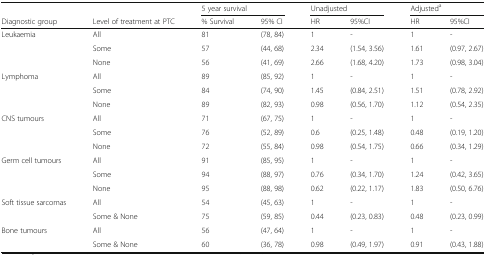
|  |  | <COLSPAN=2> 5 year survival | <COLSPAN=2> Unadjusted | <COLSPAN=2> Adjusteda |
 | Diagnostic group | Level of treatment at PTC | % Survival | 95% CI | HR | 95%CI | HR | 95%CI |
 | --- | --- | --- | --- | --- | --- | --- | --- |
 | Leukaemia | All | 81 | (78, 84) | 1 | - | 1 | - |
 |  | Some | 57 | (44, 68) | 2.34 | (1.54, 3.56) | 1.61 | (0.97, 2.67) |
 |  | None | 56 | (41, 69) | 2.66 | (1.68, 4.20) | 1.73 | (0.98, 3.04) |
 | Lymphoma | All | 89 | (85, 92) | 1 | - | 1 | - |
 |  | Some | 84 | (74, 90) | 1.45 | (0.84, 2.51) | 1.51 | (0.78, 2.92) |
 |  | None | 89 | (82, 93) | 0.98 | (0.56, 1.70) | 1.12 | (0.54, 2.35) |
 | CNS tumours | All | 71 | (67, 75) | 1 | - | 1 | - |
 |  | Some | 76 | (52, 89) | 0.6 | (0.25, 1.48) | 0.48 | (0.19, 1.20) |
 |  | None | 72 | (55, 84) | 0.98 | (0.54, 1.75) | 0.66 | (0.34, 1.29) |
 | Germ cell tumours | All | 91 | (85, 95) | 1 | - | 1 | - |
 |  | Some | 94 | (88, 97) | 0.76 | (0.34, 1.70) | 1.24 | (0.42, 3.65) |
 |  | None | 95 | (88, 98) | 0.62 | (0.22, 1.17) | 1.83 | (0.50, 6.76) |
 | Soft tissue sarcomas | All | 54 | (45, 63) | 1 | - | 1 | - |
 |  | Some & None | 75 | (59, 85) | 0.44 | (0.23, 0.83) | 0.48 | (0.23, 0.99) |
 | Bone tumours | All | 56 | (47, 64) | 1 | - | 1 | - |
 |  | Some & None | 60 | (36, 78) | 0.98 | (0.49, 1.97) | 0.91 | (0.43, 1.88) |